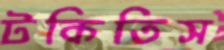
টকিতিস